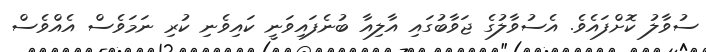
ސުވާލު ކޮށްފައެވެ. އެސުވާލުގެ ޖަވާބުގައި އާލިއާ ބުނެފައިވަނީ ކައިވެނި ކުރި ނަމަވެސް އެއްވެސް